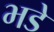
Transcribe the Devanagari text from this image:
भडे